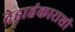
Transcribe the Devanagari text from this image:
देहाहंकाराशी